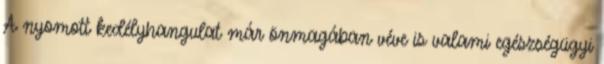
A nyomott kedélyhangulat már önmagában véve is valami egészségügyi